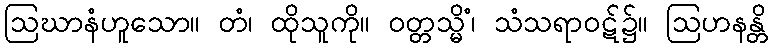
ဩဃာနံဟူသော။ တံ၊ ထိုသူကို။ ဝတ္တသ္မိံ၊ သံသရာဝဋ်၌။ ဩဟနန္တိ